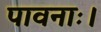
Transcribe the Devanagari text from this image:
पावनाः।